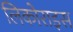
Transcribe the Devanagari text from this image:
लिकोराइस